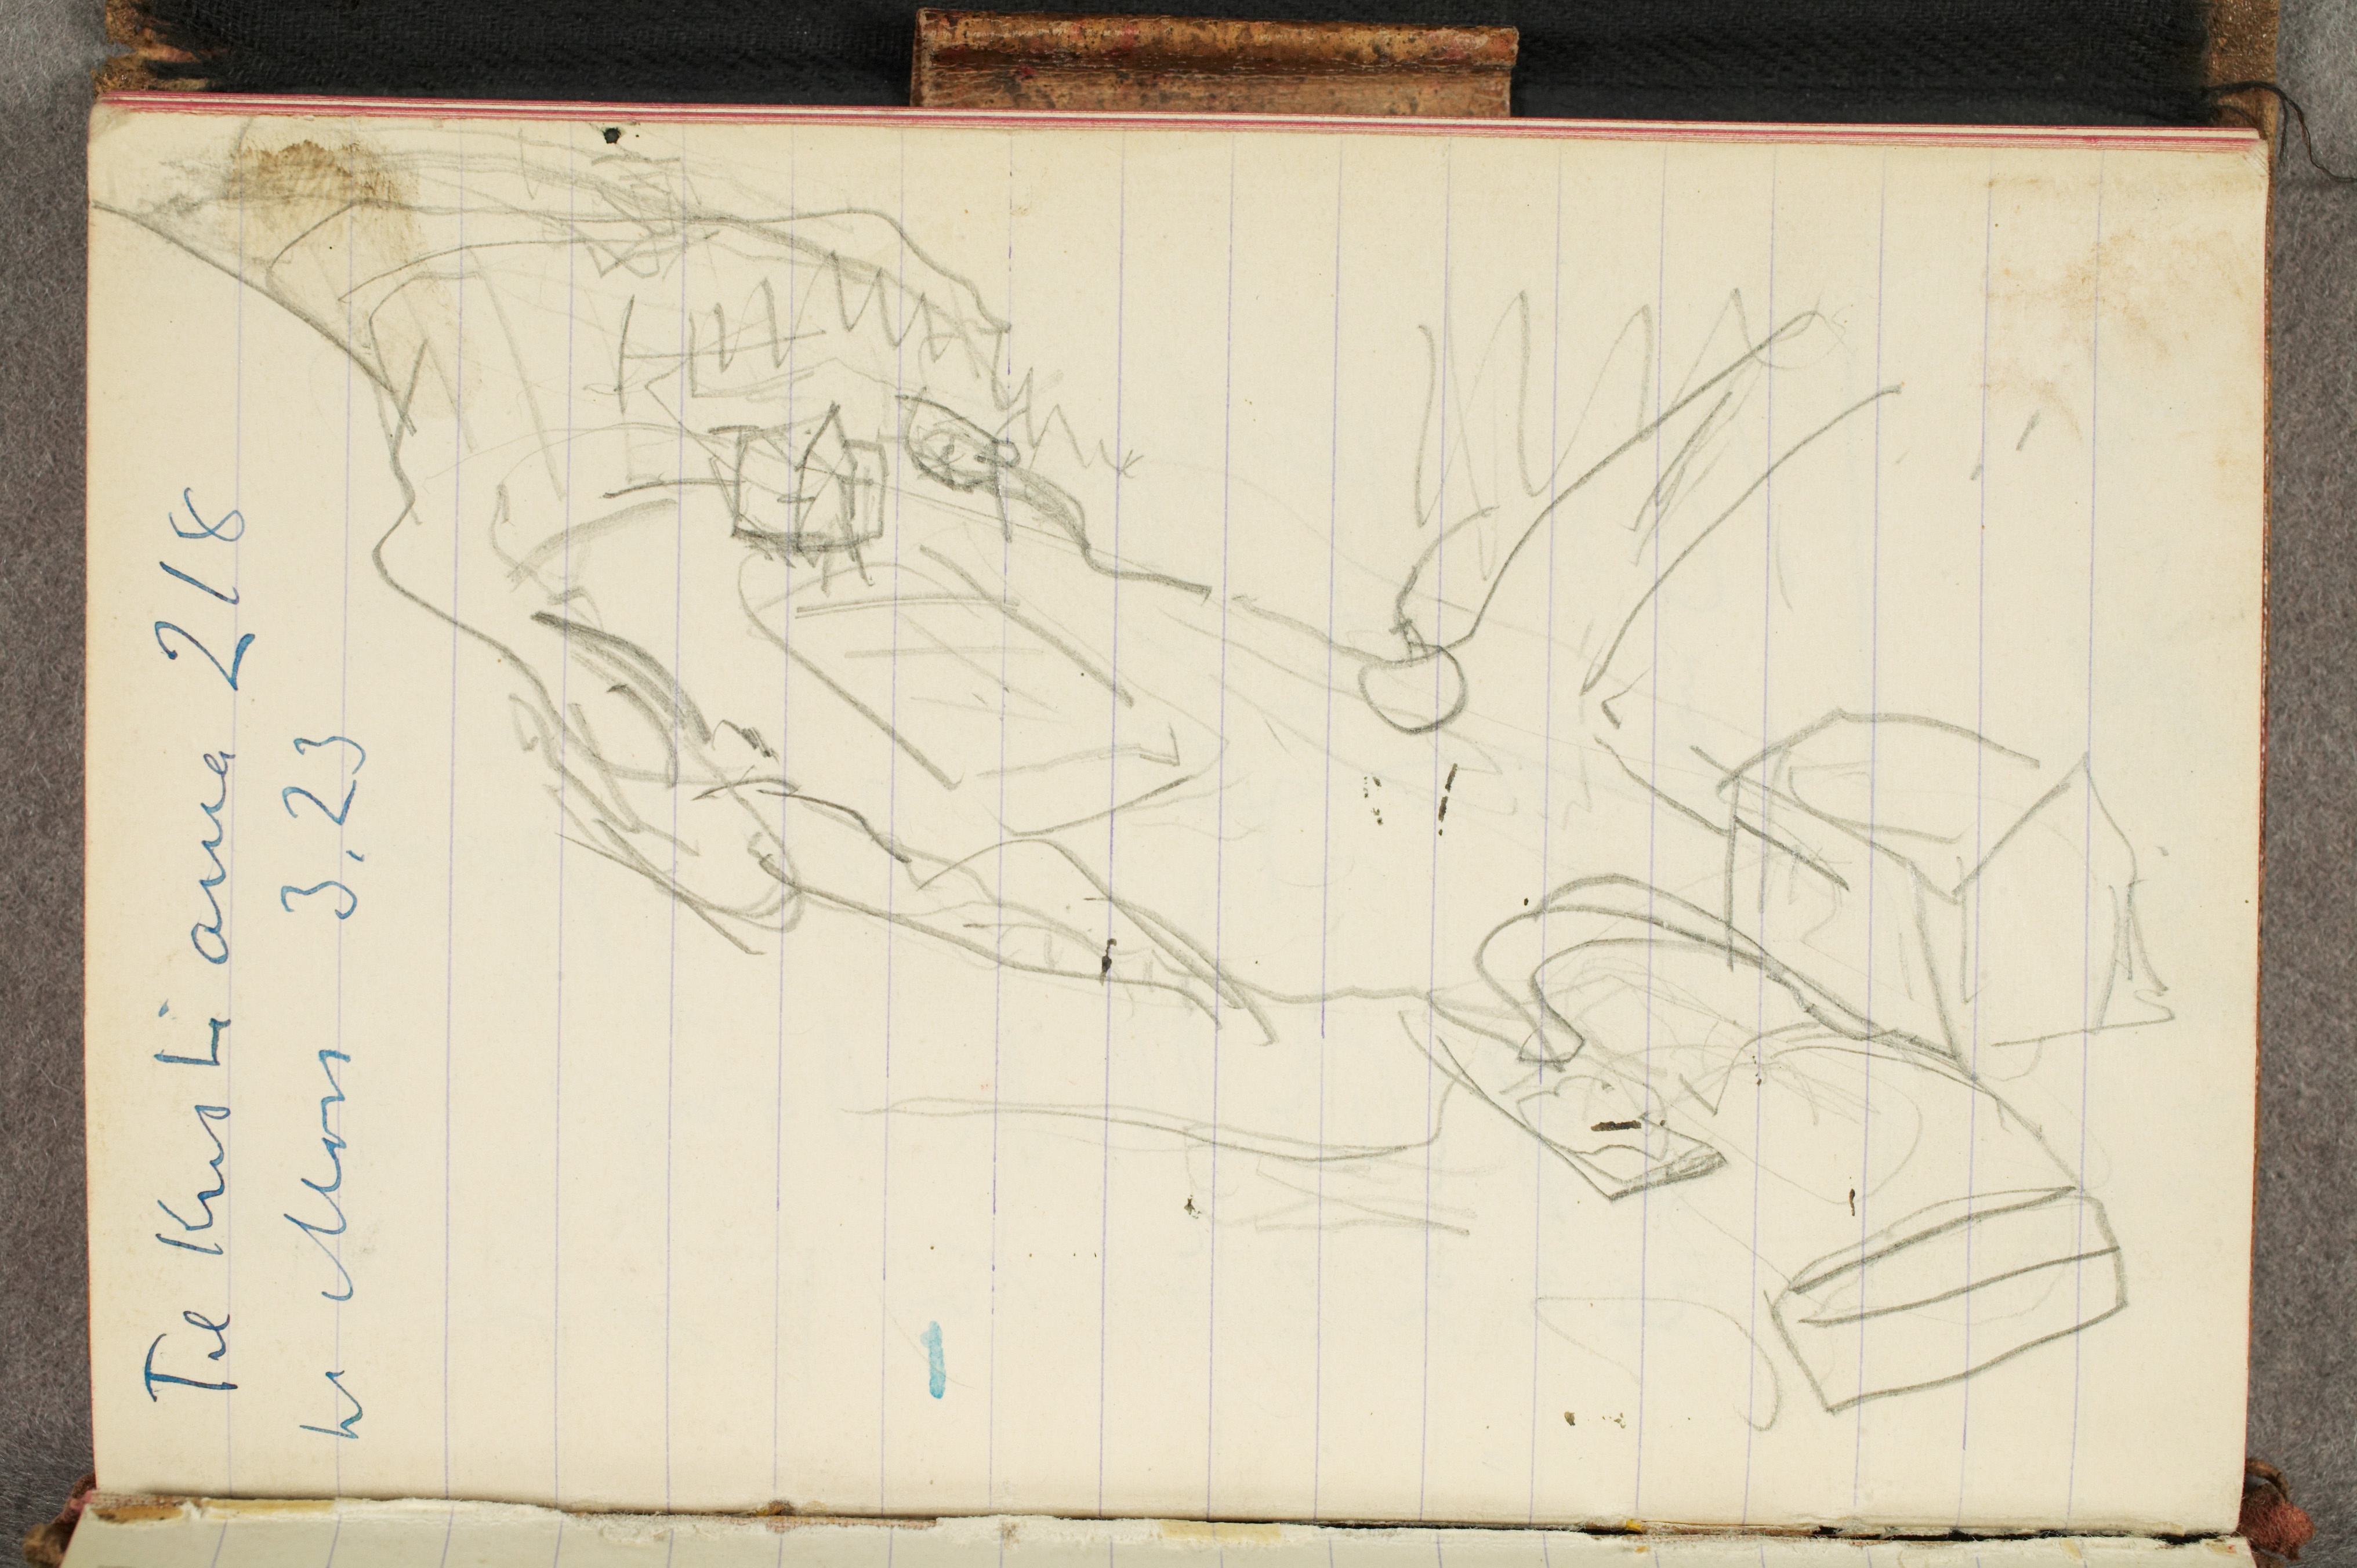
Til Kristiania 218
til Moss 3.23